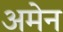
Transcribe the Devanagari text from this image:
अमेन